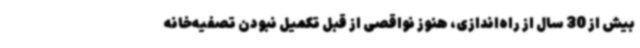
بیش از 30 سال از راه‌اندازی، هنوز نواقصی از قبل تکمیل نبودن تصفیه‌خانه